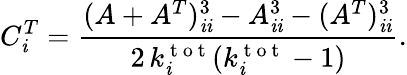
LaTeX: C_{\mathit{i}}^{T}=\frac{{(A+A^{T})_{\mathit{i}\mathit{i}}^{3}-A_{\mathit{i}\mathit{i}}^{3}-(A^{T})_{\mathit{i}\mathit{i}}^{3}}}{{2\, k_{\mathit{i}}^{\mathrm{{~t~o~t~}}}(k_{\mathit{i}}^{\mathrm{{~t~o~t~}}}-1)}}.